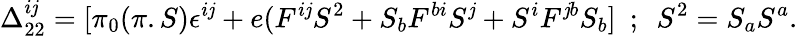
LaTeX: \Delta_{22}^{i\mathit{j}}=[\pi_{0}(\pi.S)\epsilon^{i\mathit{j}}+e(F^{i\mathit{j}}S^{2}+S_{b}F^{bi}S^{\mathit{j}}+S^{i}F^{\mathit{j}b}S_{b}]~~;~~S^{2}=S_{a}S^{a}.